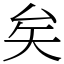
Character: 矣